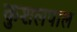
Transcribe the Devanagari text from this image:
कुशलपाल